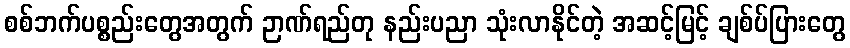
စစ်ဘက်ပစ္စည်းတွေအတွက် ဉာဏ်ရည်တု နည်းပညာ သုံးလာနိုင်တဲ့ အဆင့်မြင့် ချစ်ပ်ပြားတွေ